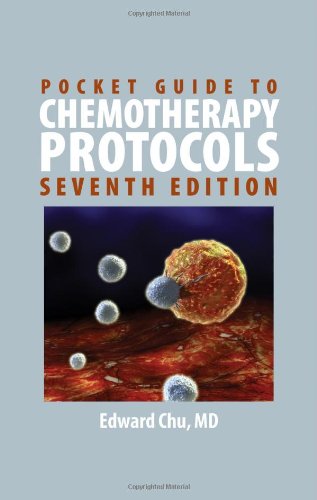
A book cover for Pocket Guide To Chemotherapy Protocols; Edward Chu; Medical Books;